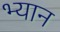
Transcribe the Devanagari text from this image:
भ्यान